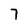
Character: 7